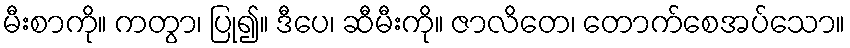
မီးစာကို။ ကတွာ၊ ပြု၍။ ဒီပေ၊ ဆီမီးကို။ ဇာလိတေ၊ တောက်စေအပ်သော။